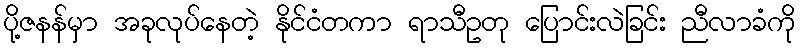
ပို့ဇနန်မှာ အခုလုပ်နေတဲ့ နိုင်ငံတကာ ရာသီဥတု ပြောင်းလဲခြင်း ညီလာခံကို